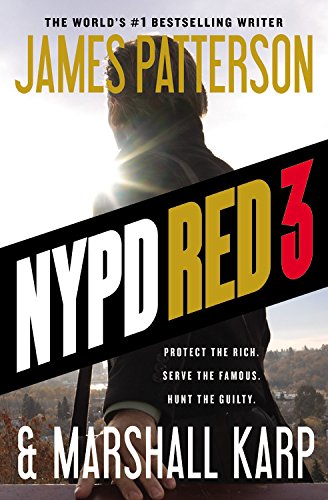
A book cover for NYPD Red 3; James Patterson; Mystery, Thriller & Suspense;